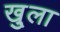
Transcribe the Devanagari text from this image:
खु्ला